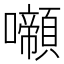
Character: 𡄶